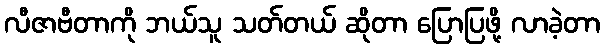
လီဇာဗီတာကို ဘယ်သူ သတ်တယ် ဆိုတာ ပြောပြဖို့ လာခဲ့တာ